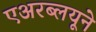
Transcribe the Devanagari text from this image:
एअरब्लयूने